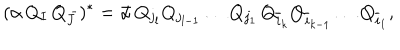
( \alpha \, Q _ { I } \, Q _ { \bar { J } } ) ^ { * } = { \bar { \alpha } } \, Q _ { j _ { l } } Q _ { j _ { l - 1 } } \ldots Q _ { j _ { 1 } } \, Q _ { { \overline { { i } } _ { k } } } Q _ { { \overline { { i } } _ { k - 1 } } } \ldots Q _ { { \overline { { i } } _ { 1 } } } ,